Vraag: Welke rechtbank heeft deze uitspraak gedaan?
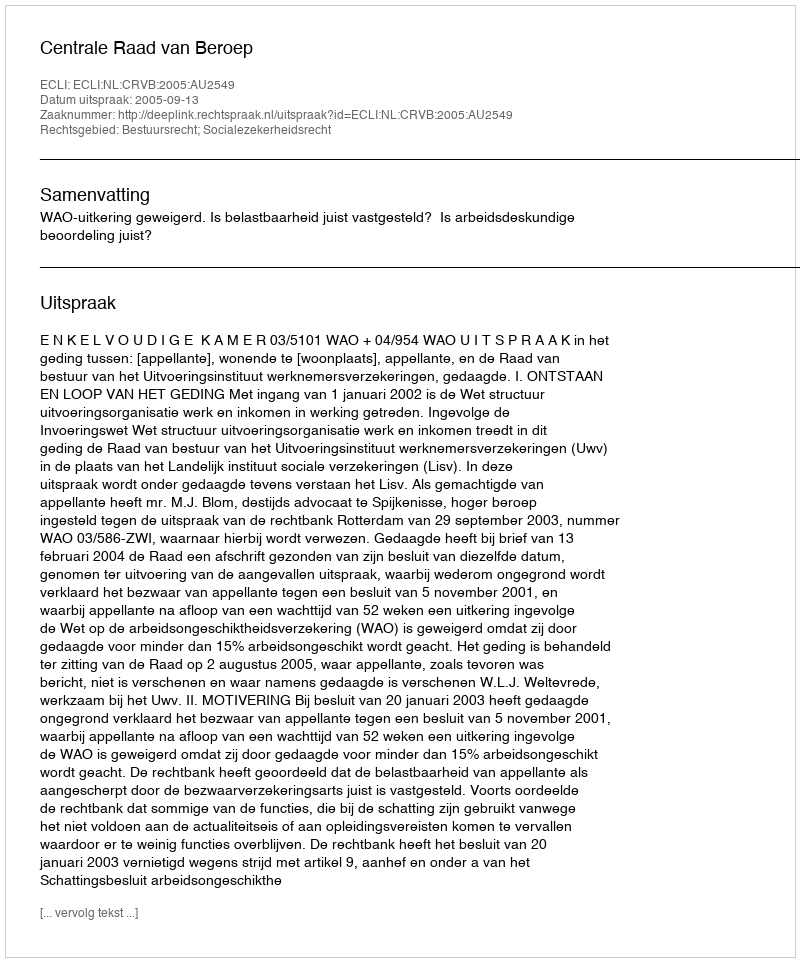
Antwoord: Centrale Raad van Beroep